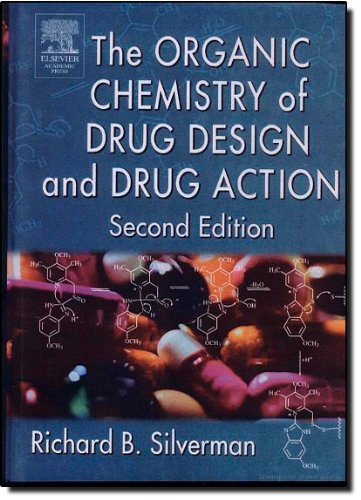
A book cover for The Organic Chemistry of Drug Design and Drug Action, Second Edition; Richard B. Silverman Ph.D Organic Chemistry; Science & Math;